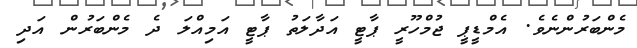
މެންބަރުންނެވެ. އެމްޑީޕީ ޖުމްހޫރީ ޕާޓީ އަދާލަތު ޕާޓީ އަމިއްލަ ދެ މެންބަރުން އަދި